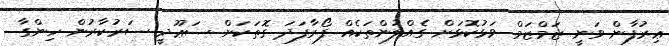
ޢިރުފާން ވަނީ ޒަމްޒަމް ވަޅުކޮޅަށް ގެއްލުންތަކެއް ފޯރާފަދަ ގޮތަކަށް ސަޢޫދީ ސަރުކާރުން ހިންގާ